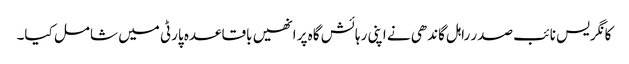
کانگریس نائب صدر راہل گاندھی نے اپنی رہائش گاہ پر انھیں باقاعدہ پارٹی میں شامل کیا۔